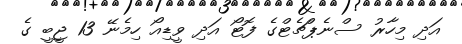
އަދި މިހާރު ސްނެޕްޗެޓްގެ ފޮޓޯ އަދި ވީޑިއޯ ހިމެނޭ 13 ޖީބީ ގެ